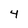
Character: 4